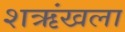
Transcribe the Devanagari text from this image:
शऋंखला